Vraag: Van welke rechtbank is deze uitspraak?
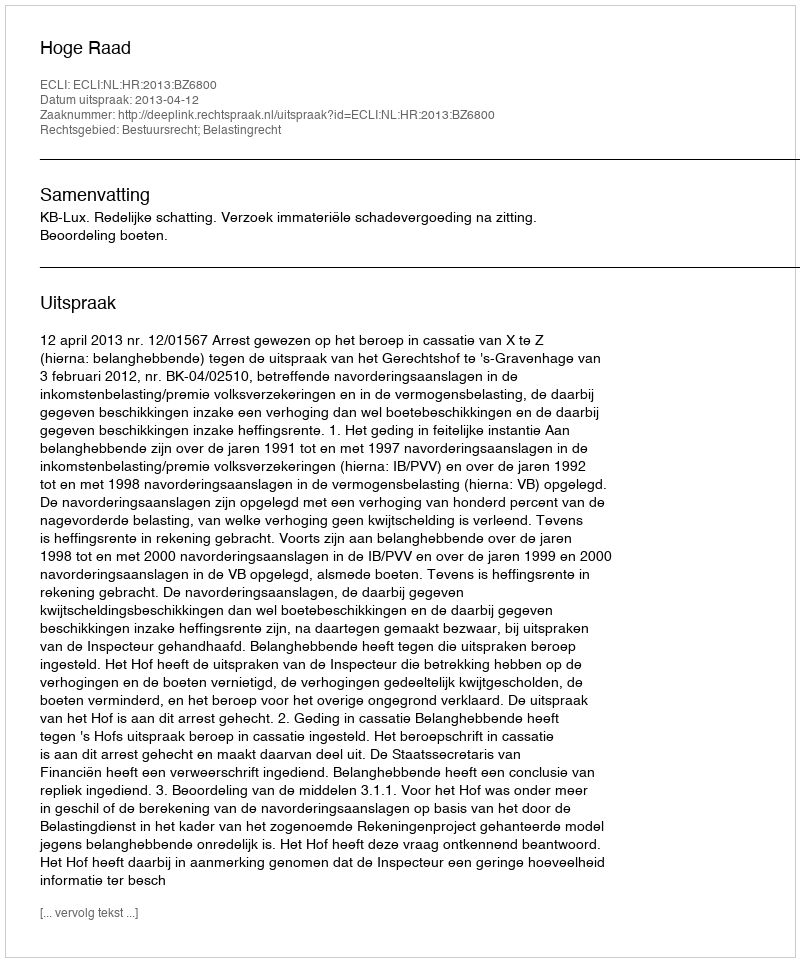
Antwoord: Hoge Raad